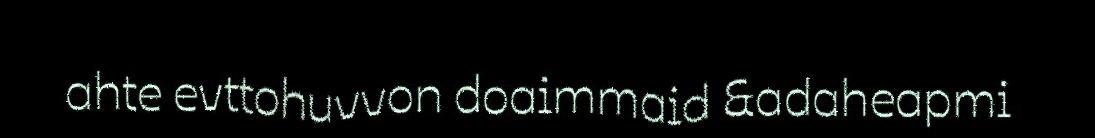
ahte evttohuvvon doaimmaid &adaheapmi